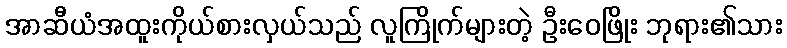
အာဆီယံအထူးကိုယ်စားလှယ်သည် လူကြိုက်များတဲ့ ဦးဝေဖြိုး ဘုရား၏သား